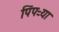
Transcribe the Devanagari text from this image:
पिंपऱ्या